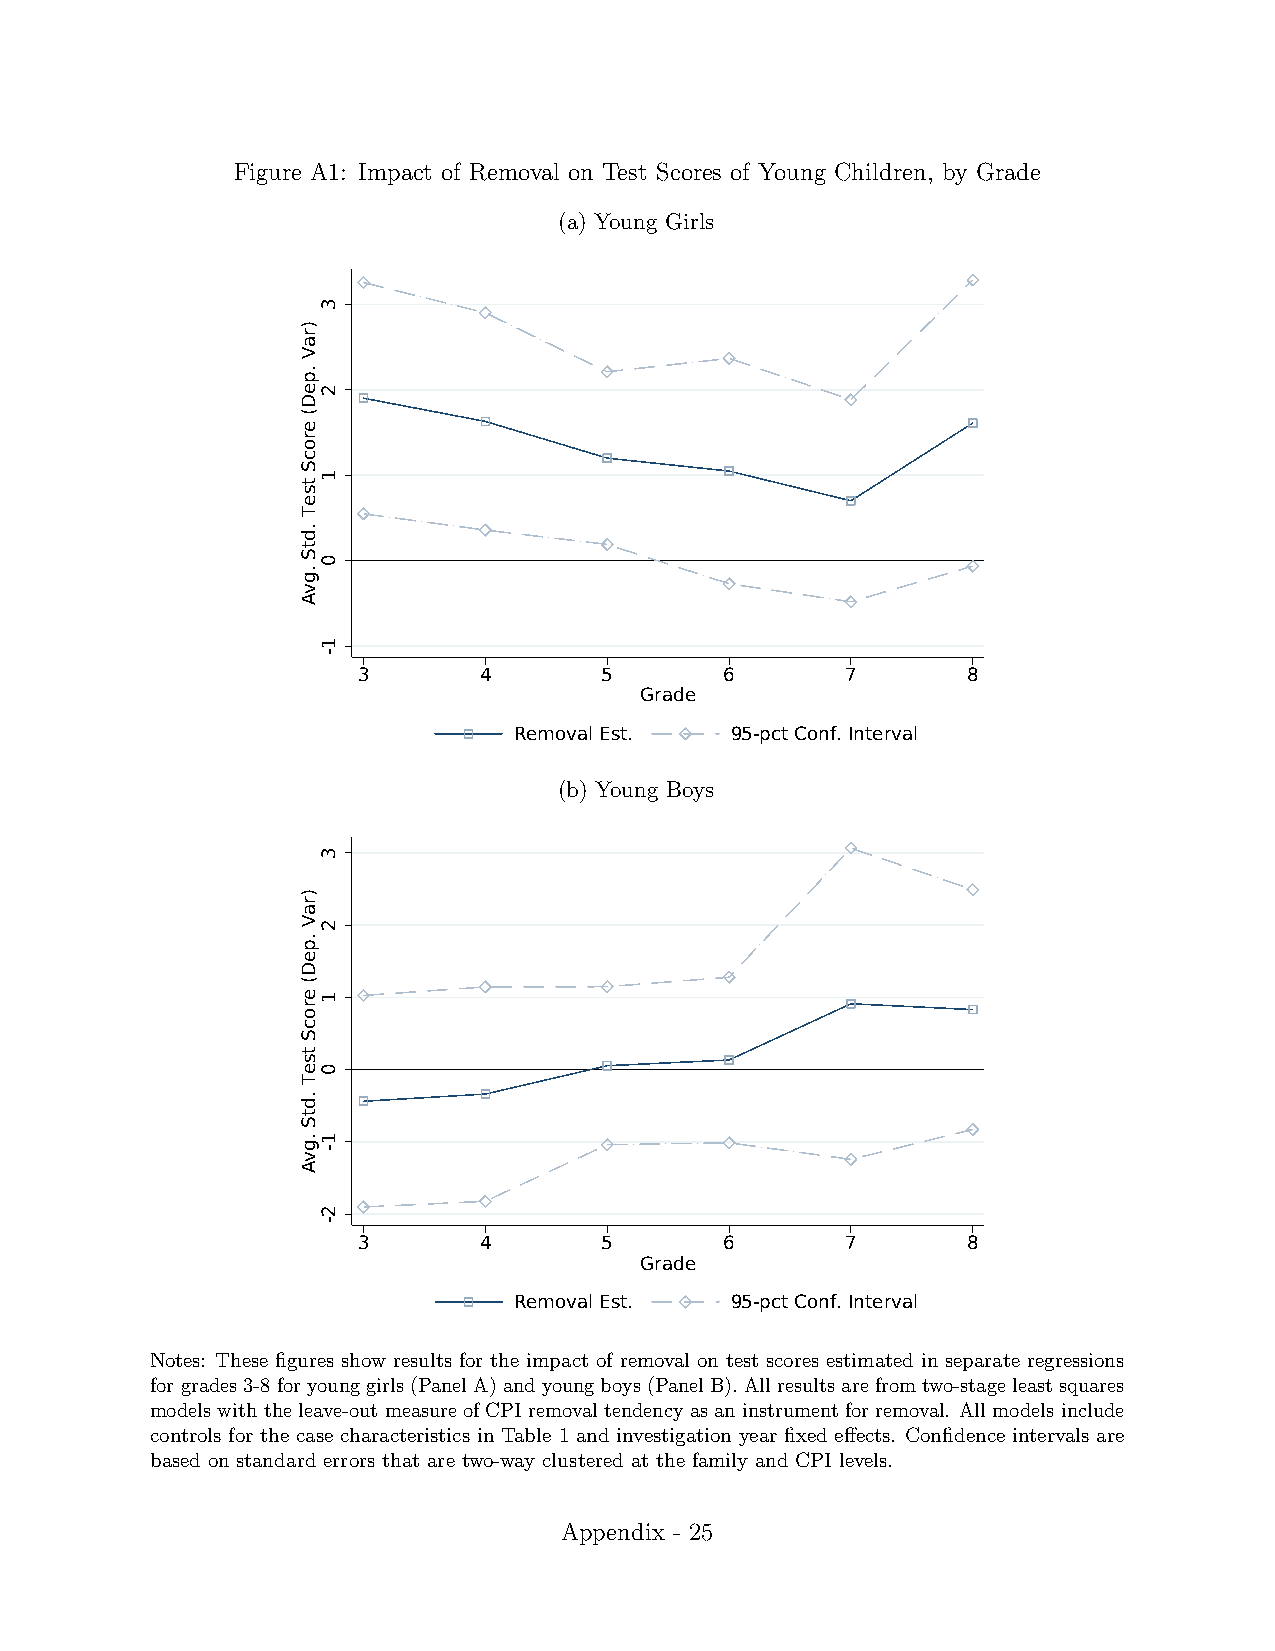
Figure A1: Impact of Removal on Test Scores of Young Children, by Grade
 (a) Young Girls
 3       4       5       6       7       8
 Grade
 Removal Est.  95-pct Conf. Interval
 (b) Young Boys
 3       4       5       6       7       8
 Grade
 Removal Est.  95-pct Conf. Interval
 Notes: These figures show results for the impact of removal on test scores estimated in separate regressions
 forgrades3-8foryounggirls(PanelA)andyoungboys(PanelB).Allresultsarefromtwo-stageleastsquares
 models with the leave-out measure of CPI removal tendency as an instrument for removal. All models include
 controls for the case characteristics in Table 1 and investigation year fixed effects. Confidence intervals are
 based on standard errors that are two-way clustered at the family and CPI levels.
 Appendix - 25
 )raV
 .peD(
 erocS
 tseT
 .dtS
 .gvA
 )raV
 .peD(
 erocS
 tseT
 .dtS
 .gvA
 3
 2
 1
 0
 1-
 3
 2
 1
 0
 1-
 2-